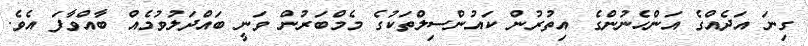
ގިނަ އަދެއްގެ އަންހެނުންގެ އިތުރުން ކައުންސިލްތަކުގެ މެމްބަރުން ވަނީ ބައްދަލުވުމެއް ބާއްވާފަ އެވެ.